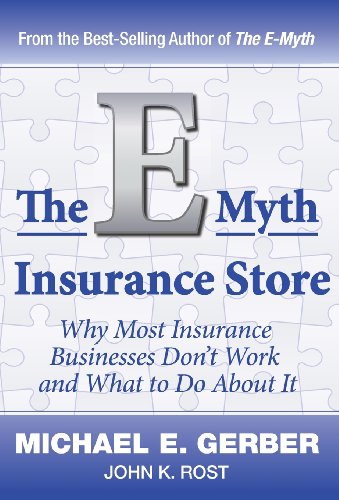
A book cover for The E-Myth Insurance Store; Michael E. Gerber; Engineering & Transportation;